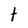
Character: t